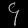
Digit: ၄